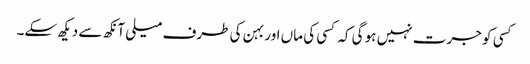
کسی کو جرت نہیں ہو گی کہ کسی کی ماں اور بہن کی طرف میلی آنکھ سے دیکھ سکے۔